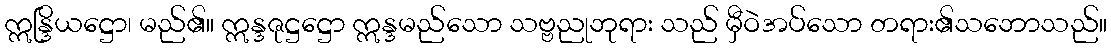
ဣန္ဒြိယဋ္ဌော၊ မည်၏။ ဣန္ဒဇုဋ္ဌဋ္ဌော ဣန္ဒမည်သော သဗ္ဗညုဘုရား သည် မှီဝဲအပ်သော တရား၏သဘောသည်။